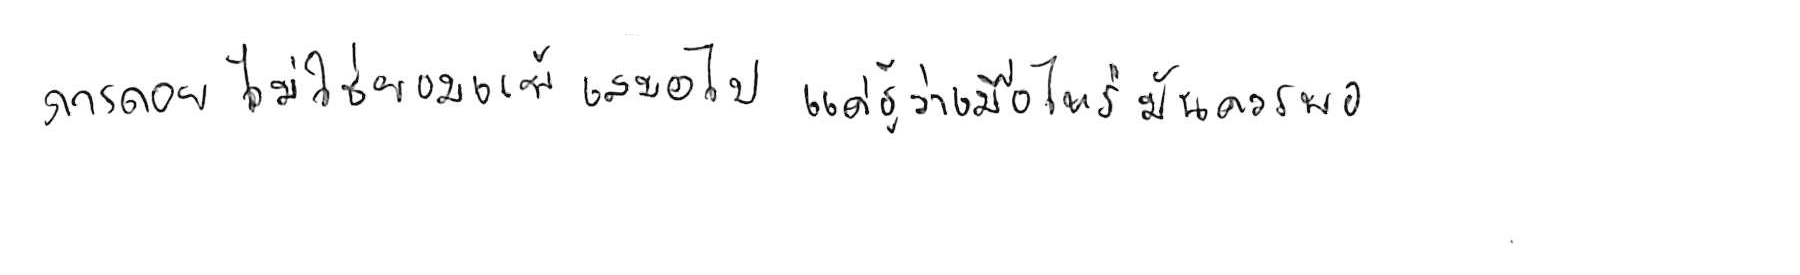
การถอย ไม่ใช่ยอมแพ้ เสมอไป แค่รู้ว่าเมื่อไหร่ มันควรพอ